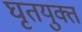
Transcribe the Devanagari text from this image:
घृतयुक्त